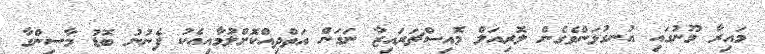
މައިރާ މޫނުގައި އުނގުޅަންވެގެން ލޮރިއަލް މޮއިސްޗަރައިޒާ ނަގަން އަތްދިއްކޮށްލުމާއިއެކު ފެނުނު ބޮޑު މާސިންގާ